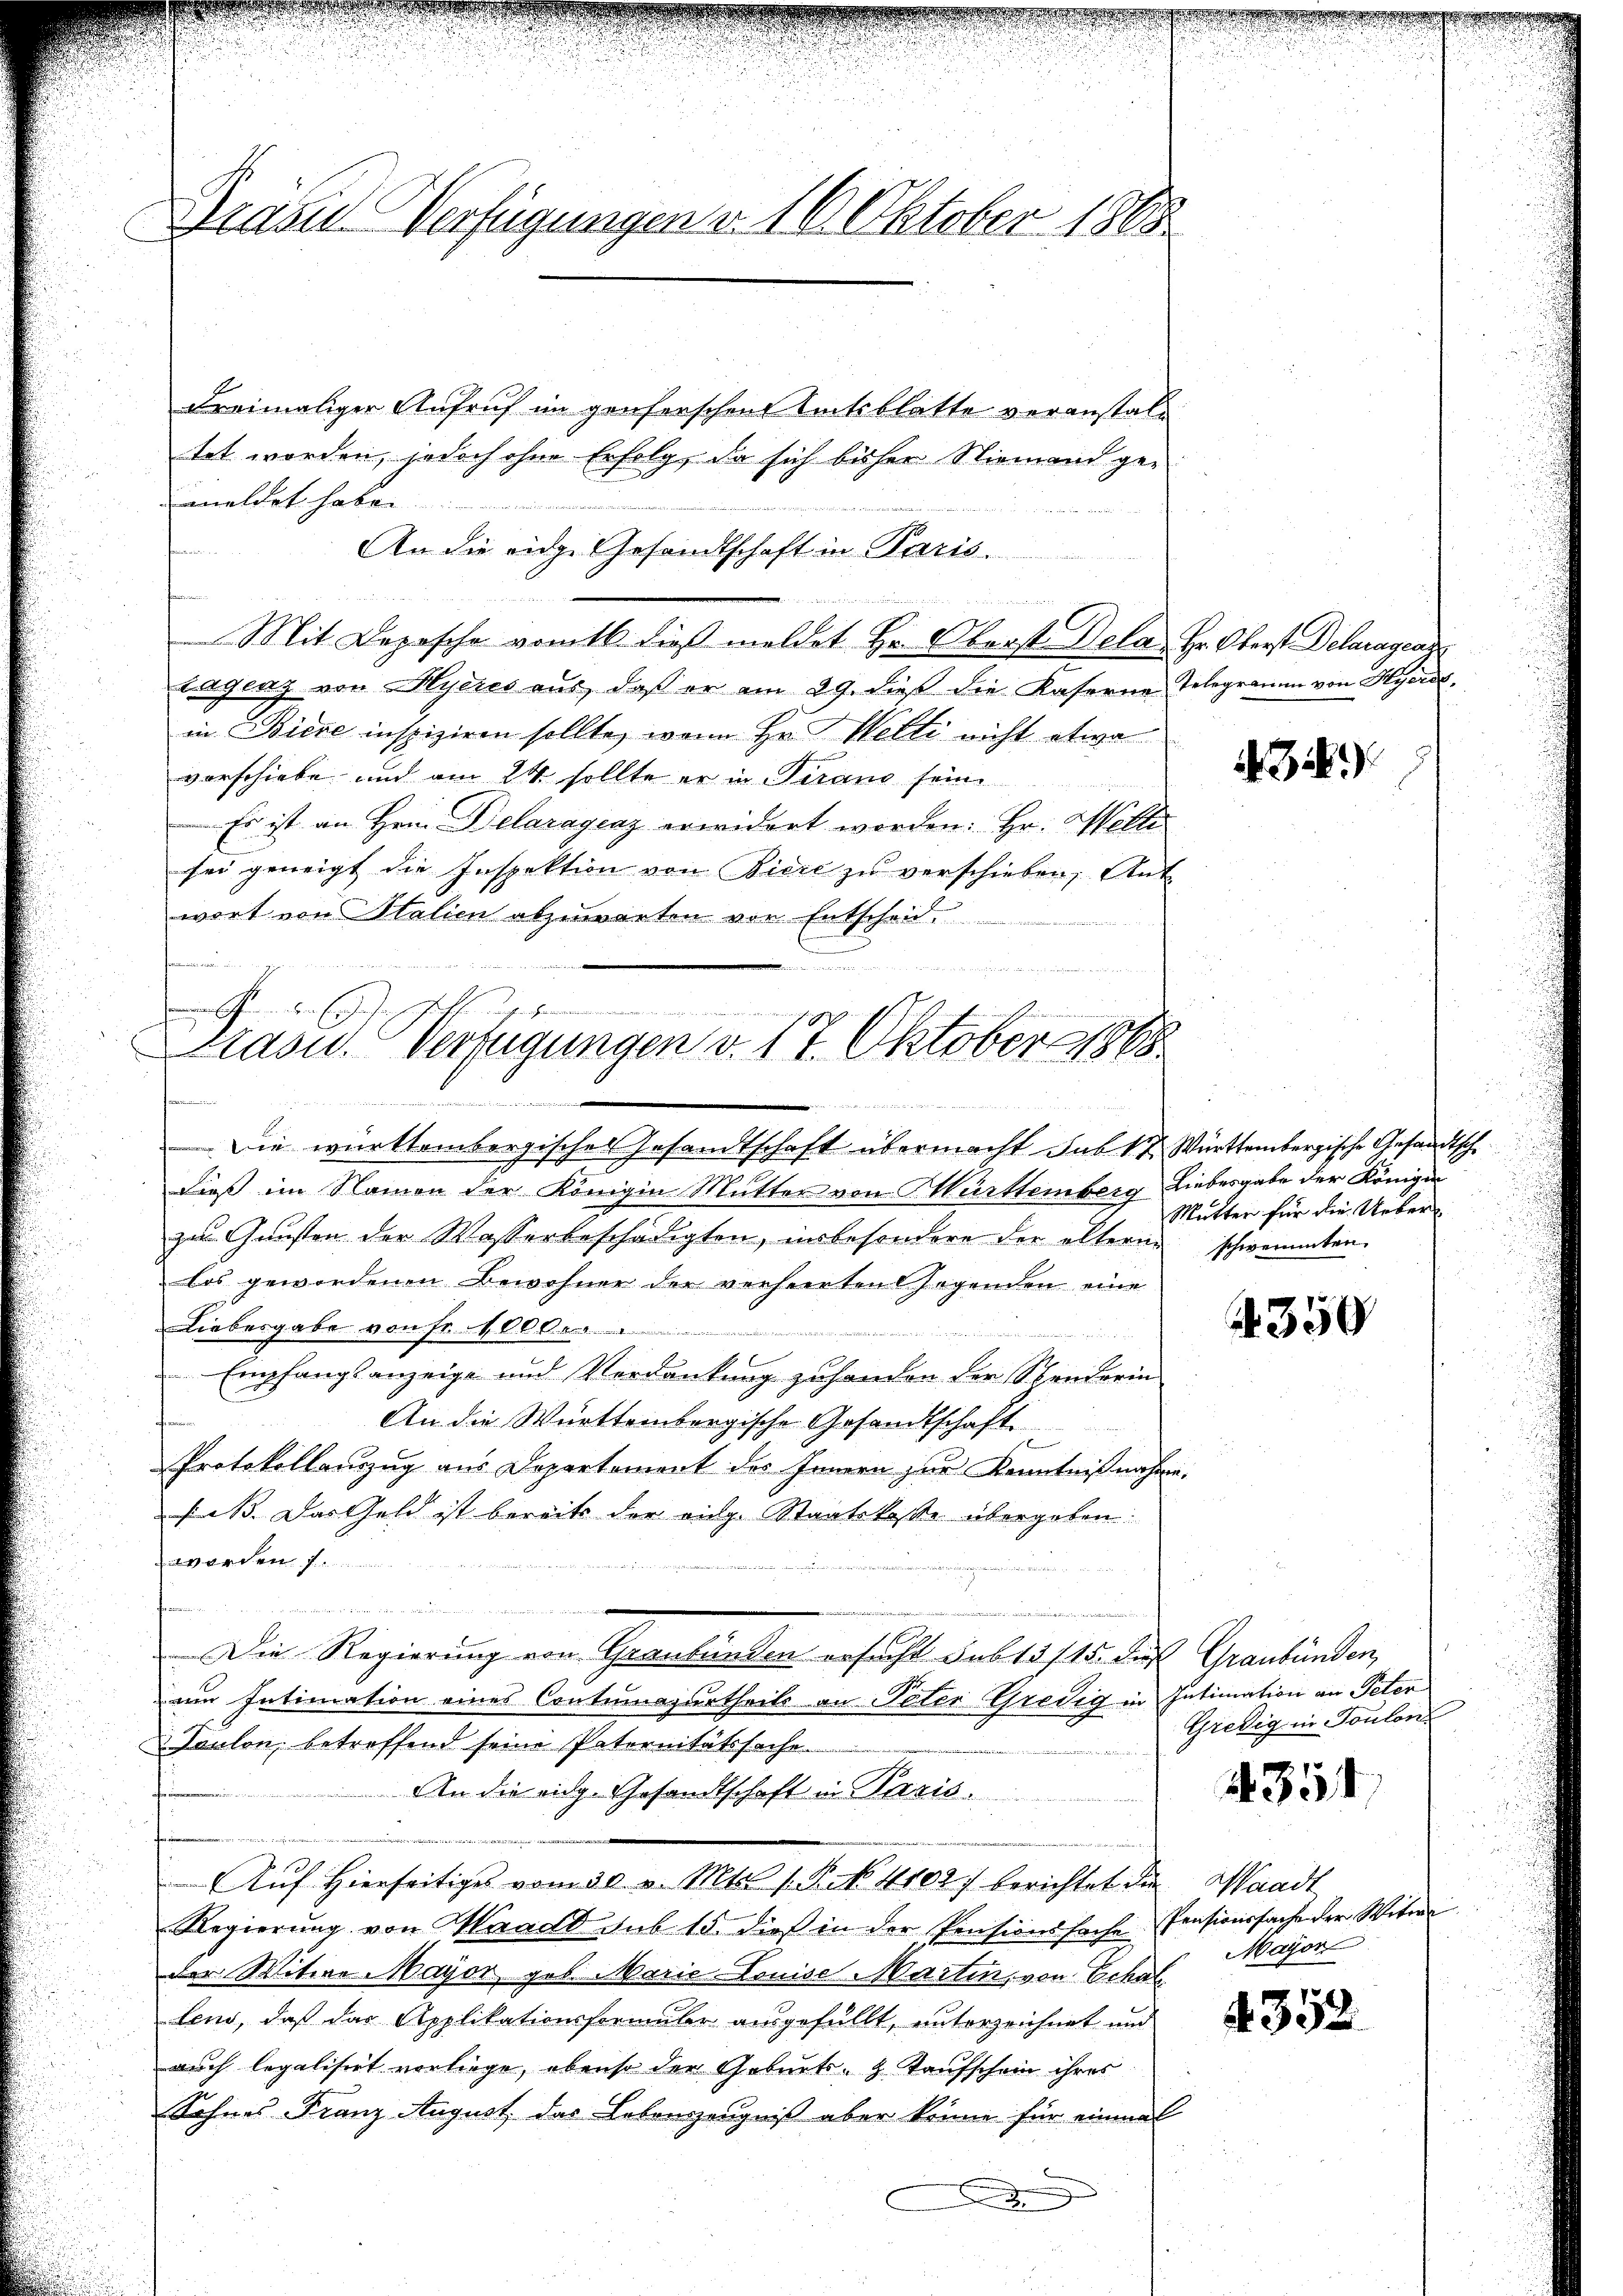
Präsid-Verfügungen v. 16. Oktober 1865

dreimaliger Aufruf im genserschen Amtsblatte veranstaltet worden, jedoch ohne Erfolg, da sich bisher Niemand gemeldet haben

An die eidg. Gesandtschaft in Paris.
Mit Depesche vom 16. dieß meldet Hr. Oberst Dela Hr. Oberst Delaragraz
lagenz von Hyeres aus, daß er am 29. dieß die Kaserne Telegramm von Hyerdin Biere inspiziren sollte, wenn Hr. Welti nicht etwa
vorschiebe und am 24. sollte er in Tirano sein.
Es ist an Hrn. Delaragenz erwidert worden: Hr. Wette
sei geneigt die Inspektion von Biere zu verschieben, Ant
wort von Italien abzuwarten vor Entscheid

s

b

197
Kasu. Verfügungen v. 14. Oktober 1888
.
2
en
Die württembergisches Gesandtschaft übermacht sub 17. Württembergische Gesandtsche

Dieß im Namen der Königin Mutter von Mürttemberg Liebesgabe der Königin
zu Gunsten der Wasserbeschädigten, insbesondere der ältern schwemmten
los gewordenen Bewohner der verheerten sagenden eine
Liebesgabe von fl. 1000

Empfangsanzeige und Verdankung zu handen der Stendorin
An die Württembergische Gesandtschaft.
Protokollanzug aus Departement des Innern zur Kenntnißnahme.
saß. Das Geld ist bereits der vige Staatskoste übergeben.
 orden
.
in und
Die Regierung von Graubünden ersucht sub 15115. das Graubünden,
um Intimation eines Contumesurtheils an Peter Gredig in Intimation an Peter
Taulon betreffend seine Paternitätssache.
An die eidg. Gesandtschaft in Paris.
Aŭf Hierseitiges vom 30. v. Mts. 1. P. No. 4102) berichtet die Waadt
Regierung von Waadt sub 15. dieß in der Pensionssache Pensionssache der Witwe
der Witwe Mayor geb. Marie Louise Martin, von Echal
lend, daß das Applikationsformular ausgefüllt, unterzeichnet und
auch legalisirt vorliege, ebenso der Geburts- & Taufschein ihres
Sohnes Franz August das Lebenzeugniß aber könne für einmal
A

43

Mutter für die Ueber¬

350

Gredig, in Toulon

4351

Mayor

4352